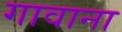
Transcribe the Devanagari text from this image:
गावाना